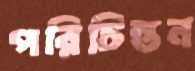
পরিচিন্তন